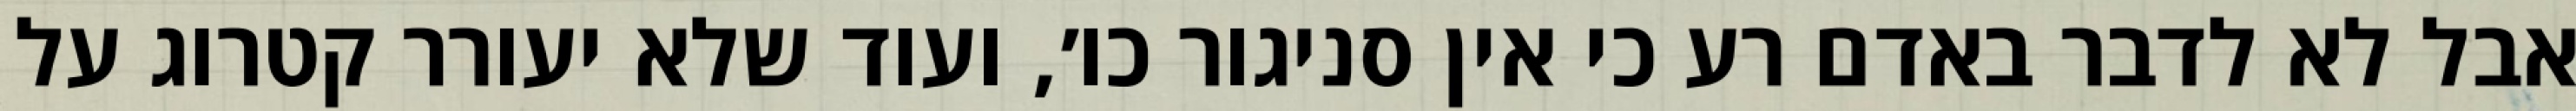
אבל לא לדבר באדם רע כי אין סניגור כו׳, ועוד שלא יעורר קטרוג על